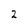
Character: 2